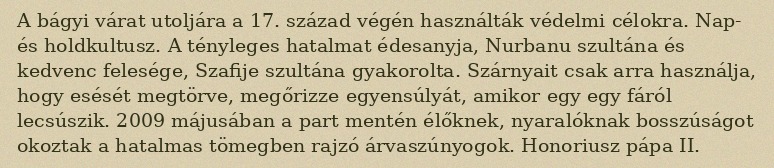
A bágyi várat utoljára a 17. század végén használták védelmi célokra. Nap- és holdkultusz. A tényleges hatalmat édesanyja, Nurbanu szultána és kedvenc felesége, Szafije szultána gyakorolta. Szárnyait csak arra használja, hogy esését megtörve, megőrizze egyensúlyát, amikor egy egy fáról lecsúszik. 2009 májusában a part mentén élőknek, nyaralóknak bosszúságot okoztak a hatalmas tömegben rajzó árvaszúnyogok. Honoriusz pápa II.